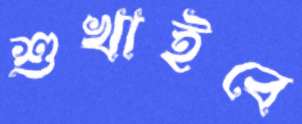
শুখাইবে